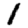
Digit: 1